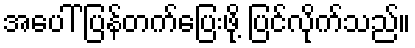
အပေါ် ပြန်တက်ပြေးဖို့ ပြင်လိုက်သည်။